Dysentery and liver abscess in Bombay - Number 47
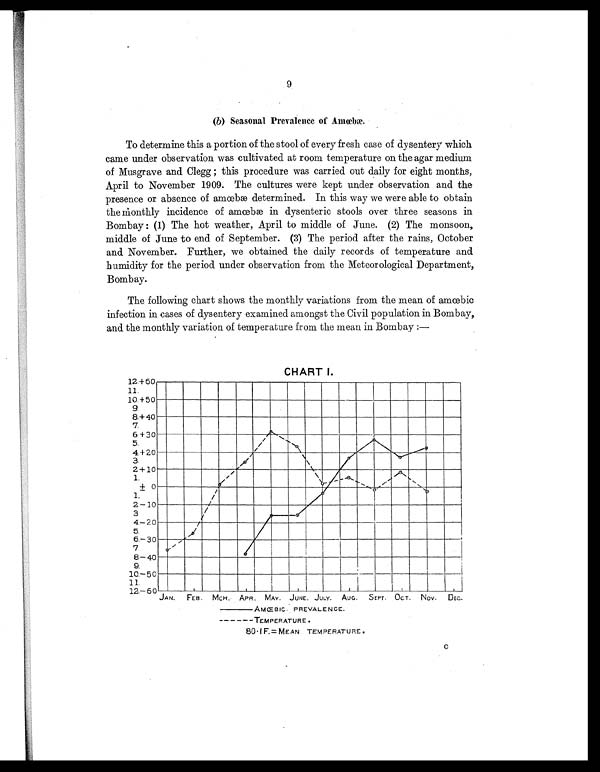
9
(b) Seasonal Prevalence of Amœbæ.
To determine this a portion of the stool of every fresh case of dysentery which
came under observation was cultivated at room temperature on the agar medium
o f Mu s g r a v e a n d Cl e g g ; t h i s p r o c e d u r e wa s c a r r i e d o u t d a i l y f o r e i g h t mo n t h s ,
April to November 1909. The cultures were kept under observation and the
pr es enc e or abs enc e of amœbæ det er mi ned. I n t hi s way we wer e abl e t o obt ai n
t he mont hl y i nci dence of amœbæ i n dysent er i c st ool s over t hr ee seasons i n
Bombay : (1) The hot weather, April to middle of June. (2) The monsoon,
middle of June to end of September. (3) The period after the rains, October
and November. Further, we obtained the daily records of temperature and
humidity for the period under observation from the Meteorological Department,
Bombay.
The following chart shows the monthly variations from the mean of amœb
i c i n f e c t i o n i n c a s e s o f d y s e n t e r y e x a m i n e d a m o n g s t t h e C i v i l p o p u l a t i o n i n B o m b a y ,
and the monthly variation of temperature from the mean in Bombay :—
CHART I.
AMŒBIC. PREVALENCE.
TEMPERATURE.
80 I F.= MEAN TEMPERATURE.
C